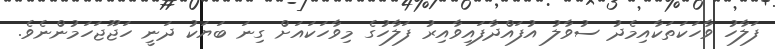
ފަލާހު ވާހަކަތަކާއިމެދު ސުވާލު އުފައްދާފައިވާއިރު ފަލާހުގެ މިވާހަކައަށް ގިނަ ބަޔަކު ދަނީ ހަޖޫޖަހަމުންނެވެ.